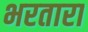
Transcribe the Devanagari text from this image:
भरतारा